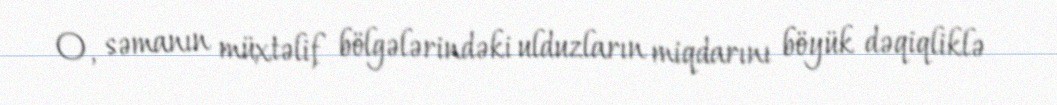
O, səmanın müxtəlif bölgələrindəki ulduzların miqdarını böyük dəqiqliklə